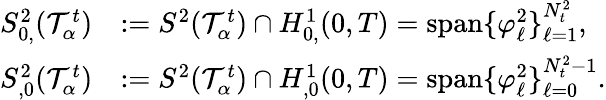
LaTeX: \begin{array}{rl}{S_{0,}^{2}(\mathcal T_{\alpha}^{t})}&{:=S^{2}(\mathcal T_{\alpha}^{t})\cap H_{0,}^{1}(0,T)=\mathrm{span}\{ \varphi_{\ell}^{2}\} _{\ell=1}^{N_{t}^{2}},}\\ {S_{,0}^{2}(\mathcal T_{\alpha}^{t})}&{:=S^{2}(\mathcal T_{\alpha}^{t})\cap H_{,0}^{1}(0,T)=\mathrm{span}\{ \varphi_{\ell}^{2}\} _{\ell=0}^{N_{t}^{2}-1}.}\end{array}